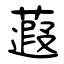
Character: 蕸